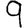
Digit: 9